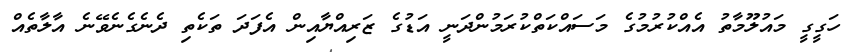
ހަގީގީ މައުލޫމާތު އެއްކުރުމުގެ މަސައްކަތްކުރަމުންދަނީ އަޑުގެ ޒަރިއްޔާއިން އެފަދަ ތަކެތި ދެނެގެނެވޭނެ އާލާތެއް